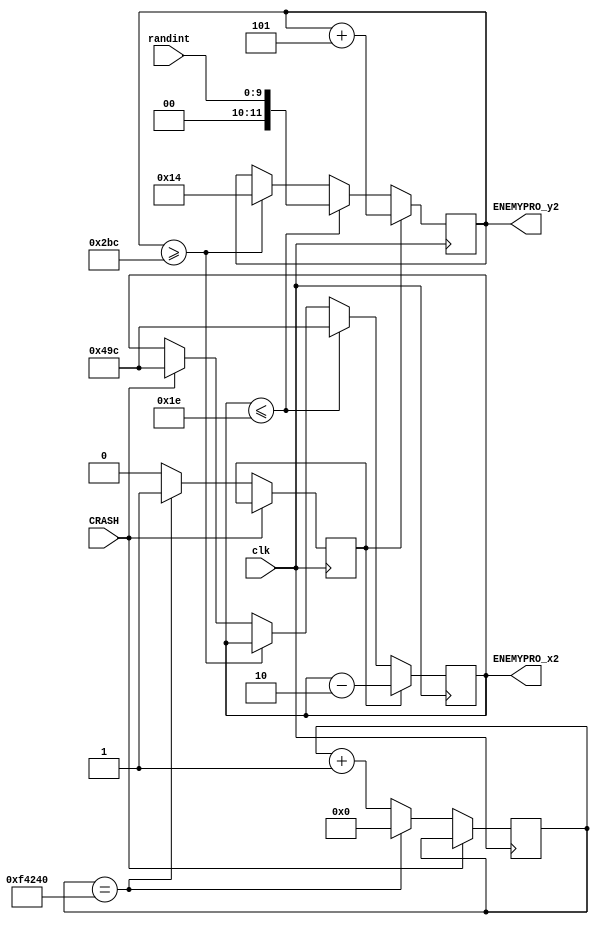
`timescale 1ns / 1ps

module ENEMY_PRO2(input CRASH,input clk,input [9:0]randint,output [11:0]ENEMYPRO_x2,output [11:0]ENEMYPRO_y2);
    reg [11:0]ENEMY_X=12'd1180;
    reg [11:0]ENEMY_Y=12'd350;
    reg [31:0]count=0;
    reg moveflag=0;
    
    always@(posedge clk)
        begin
            if(!CRASH)
            begin 
               if(count==32'd1000000) begin moveflag<=1'b1;count<=1'd0;  end
               else begin moveflag<=1'b0;count<=count+1'd1; end
            end
        end

    always@(posedge clk)
        begin
            if(moveflag)begin ENEMY_X<=ENEMY_X-2'b10;ENEMY_Y<=ENEMY_Y+3'b101; end
            else if(ENEMY_X<=30)begin ENEMY_X<=12'd1180;ENEMY_Y<=randint; end
            else if(ENEMY_Y>=700)begin ENEMY_Y<=12'd20;end
            else if(CRASH)begin ENEMY_X<=12'd1180;end
            else begin ENEMY_X<=ENEMY_X; end
        end

assign ENEMYPRO_x2=ENEMY_X;
assign ENEMYPRO_y2=ENEMY_Y;

endmodule